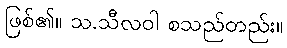
ဖြစ်၏။ သ.သီလဝါ စသည်တည်း။